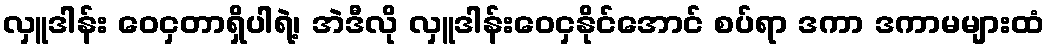
လှူဒါန်း ဝေငှတာရှိပါရဲ့၊ အဲဒီလို လှူဒါန်းဝေငှနိုင်အောင် စပ်ရာ ဒကာ ဒကာမများထံ